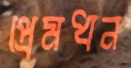
প্রেমধন